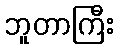
ဘူတာကြီး